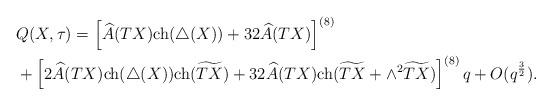
LaTeX: \begin{align*}&Q(X,\tau)=\left[\widehat{A}(TX){\rm ch}(\triangle(X))+32\widehat{A}(TX)\right]^{(8)}\\&+\left[2\widehat{A}(TX){\rm ch}(\triangle(X)){\rm ch}(\widetilde{TX})+32\widehat{A}(TX){\rm ch}(\widetilde{TX}+\wedge^2\widetilde{TX})\right]^{(8)}q+O(q^{\frac{3}{2}}).\end{align*}